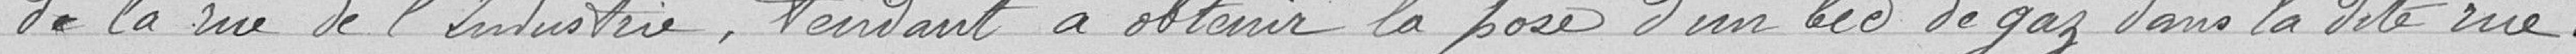
de la rue de l'Infanterie, tendant à obtenir la pose d'un bec de gaz dans la dite rue.